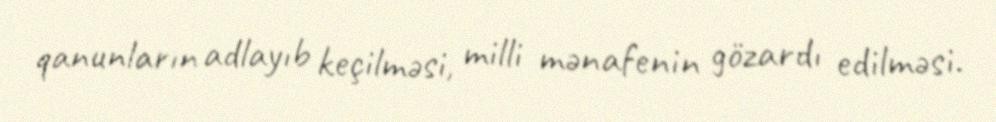
qanunların adlayıb keçilməsi, milli mənafenin gözardı edilməsi.